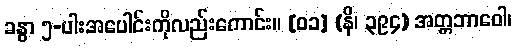
ခန္ဓာ ၅-ပါးအပေါင်းကိုလည်းကောင်း။ [၀၁] (နိ၊ ၃၉၄) အတ္တဘာဝေါ၊